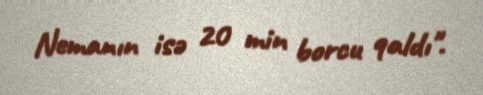
Nemanın isə 20 min borcu qaldı".